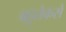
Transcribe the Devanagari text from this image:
बहुतेकसे